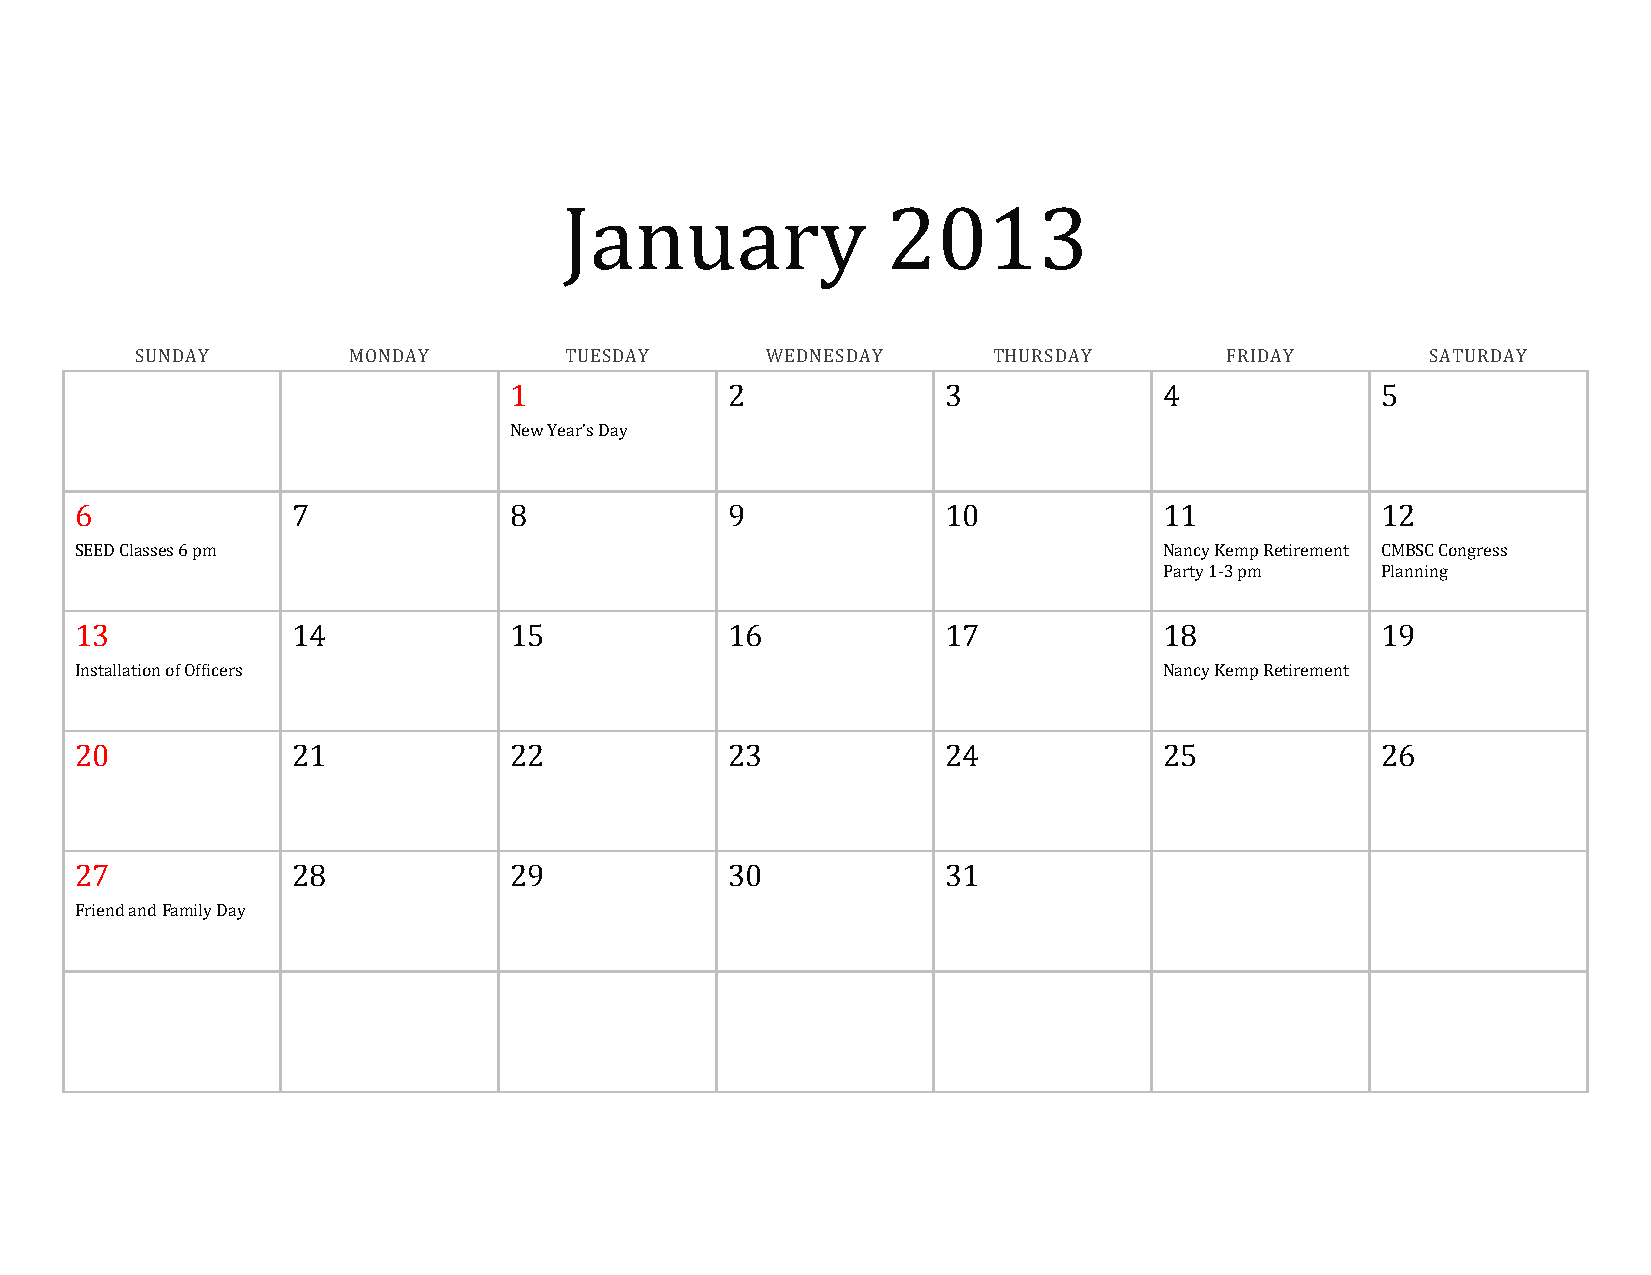
January               2013
 SUNDAY        MONDAY        TUESDAY       WEDNESDAY      THURSDAY       FRIDAY        SATURDAY
 1             2              3             4             5
 New Year’s Day
 6             7              8             9              10            11            12
 SEED Classes 6 pm                                                       Nancy Kemp Retirement CMBSC Congress
 Party 1-3 pm  Planning
 13            14             15            16             17            18            19
 Installation of Officers                                                Nancy Kemp Retirement
 20            21             22            23             24            25            26
 27            28             29            30             31
 Friend and Family Day